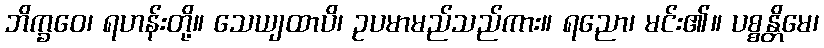
ဘိက္ခဝေ၊ ရဟန်းတို့။ သေယျထာပိ၊ ဥပမာမည်သည်ကား။ ရညော၊ မင်း၏။ ပစ္စန္တိမေ၊